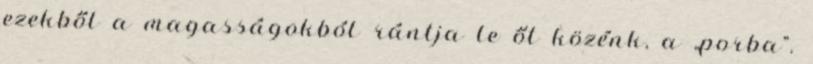
ezekből a magasságokból rántja le őt közénk, a „porba”.